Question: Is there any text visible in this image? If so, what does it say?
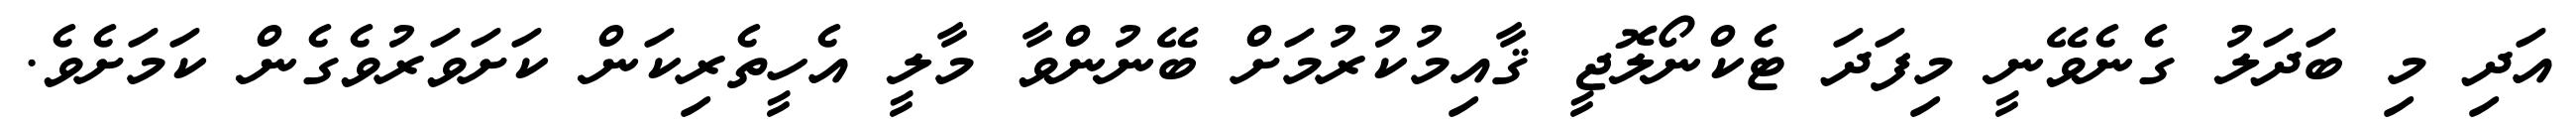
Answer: އަދި މި ބަދަލު ގެނެވޭނީ މިފަދަ ޓެކްނޯލޮޖީ ޤާއިމުކުރުމަށް ބޭނުންވާ މާލީ އެހީތެރިކަން ކަށަވަރުވެގެން ކަމަށެވެ.